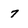
Character: 7